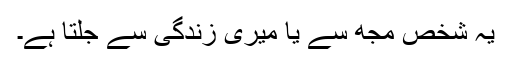
یہ شخص مجھ سے یا میری زندگی سے جلتا ہے۔